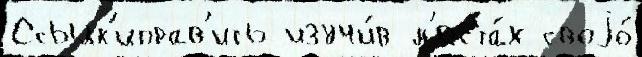
Ссылк'иправ'ить изучи́в м'еста́х своjо́